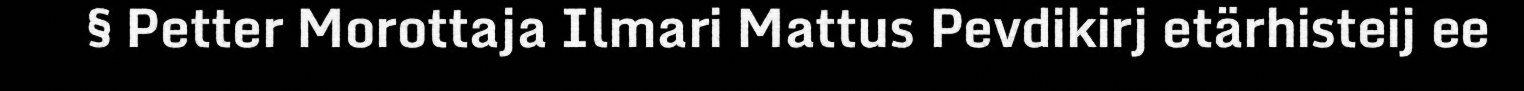
§ Petter Morottaja Ilmari Mattus Pevdikirj etärhisteij ee